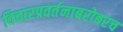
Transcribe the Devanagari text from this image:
विचारप्रवर्तनाबरोबरच